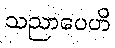
သညာပေဟိ